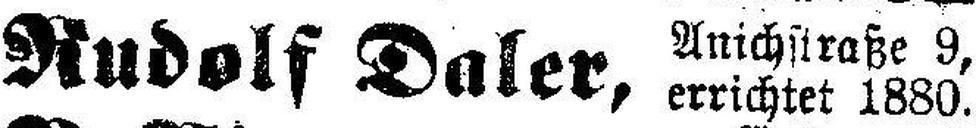
Rudolf Daler,